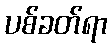
ပစ်ခတ်ရာ